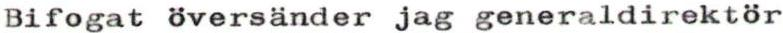
Bifogat översänder jag generaldirektör